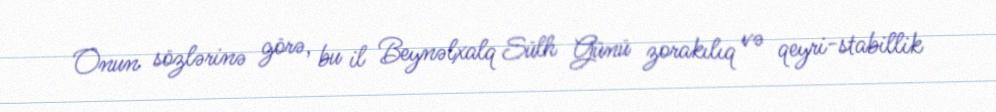
Onun sözlərinə görə, bu il Beynəlxalq Sülh Günü zorakılıq və qeyri-stabillik